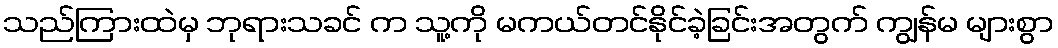
သည်ကြားထဲမှ ဘုရားသခင် က သူ့ကို မကယ်တင်နိုင်ခဲ့ခြင်းအတွက် ကျွန်မ များစွာ